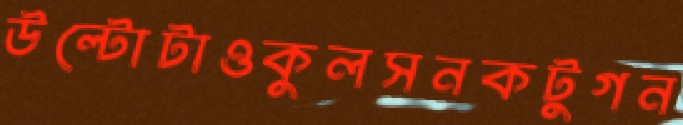
উল্টোটাওকুলসনকটুগন